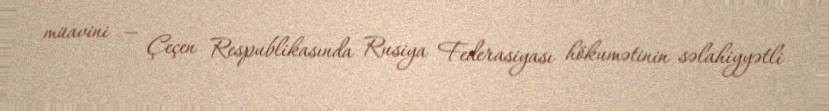
müavini — Çeçen Respublikasında Rusiya Federasiyası hökumətinin səlahiyyətli